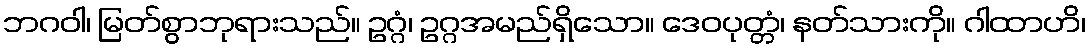
ဘဂဝါ၊ မြတ်စွာဘုရားသည်။ ဥဂ္ဂံ၊ ဥဂ္ဂအမည်ရှိသော။ ဒေဝပုတ္တံ၊ နတ်သားကို။ ဂါထာဟိ၊